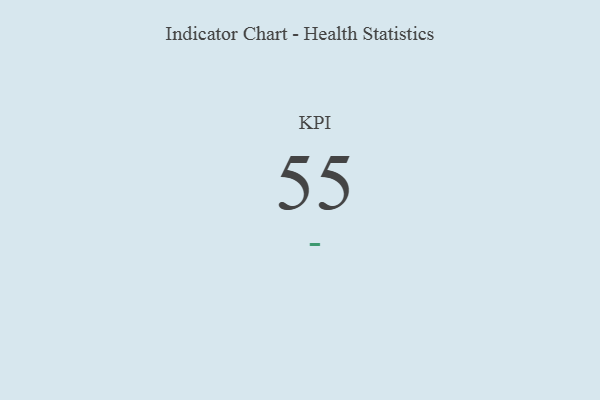
{"axis": {"x": "KPI", "y": "Value"}, "legend": [""], "data": [{"x": "KPI", "y": 55, "type": ""}]}